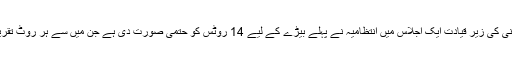
کمشنر کراچی افتخار شالوانی کی زیرِ قیادت ایک اجلاس میں انتظامیہ نے پہلے بیڑے کے لیے 14 روٹس کو حتمی صورت دی ہے جن میں سے ہر روٹ تقریباً 15 کلومیٹر طویل ہوگا۔